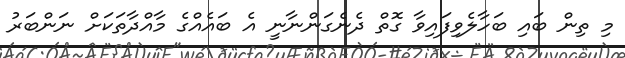
މި ތިން ބައި ބަހާލެވިފައިވާ ގޮތް ދެނެގަންނާނީ އެ ބައެއްގެ މާއްދާތަކަށް ނަންބަރު